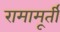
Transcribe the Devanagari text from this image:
रामामूर्ती